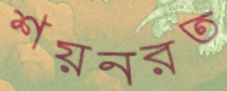
শয়নরত